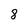
Character: 8